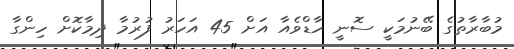
މުބާރާތުގެ ބޭނުމަކީ ސޮނީ ހާޑްވެއާ އަށް 45 އަހަރު ފުރުމާ ދިމާކޮށް ހިންގާ